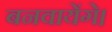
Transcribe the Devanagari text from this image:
बनवायेंगे।